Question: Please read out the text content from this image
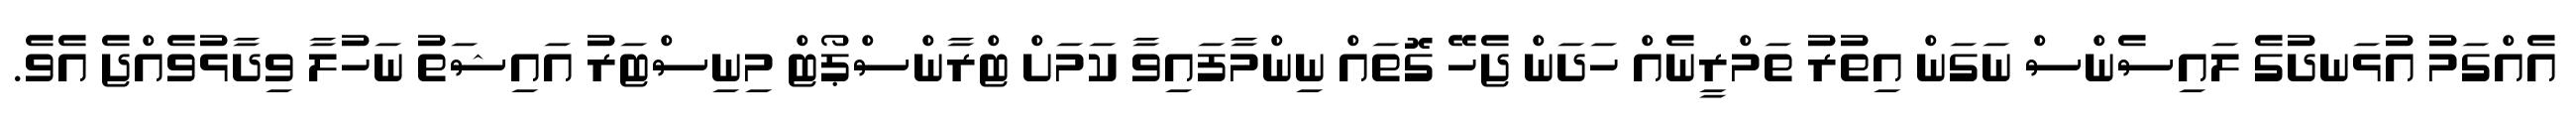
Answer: އެއްގަމު އުޅަނދުގެ ލައިސެންސް ނަގަން އިތުރު ތަމްރީނެއް ހަދަން ޖެހޭ ގޮތައް ނިންމާފައިވާ ކަމަށް ޓްރާންސްޕޯޓް މިނިސްޓަރު އައިޝަތު ނަހުލާ ވިދާޅުވެއްޖެ އެވެ.